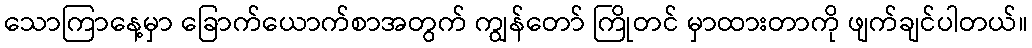
သောကြာနေ့မှာ ခြောက်ယောက်စာအတွက် ကျွန်တော် ကြိုတင် မှာထားတာကို ဖျက်ချင်ပါတယ်။